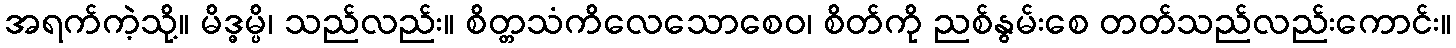
အရက်ကဲ့သို့။ မိဒ္ဓမ္ပိ၊ သည်လည်း။ စိတ္တသံကိလေသောစေဝ၊ စိတ်ကို ညစ်နွမ်းစေ တတ်သည်လည်းကောင်း။